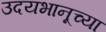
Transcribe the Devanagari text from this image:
उदयभानूच्या